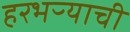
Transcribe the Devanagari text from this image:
हरभऱ्याची